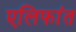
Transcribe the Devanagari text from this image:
एलिफांत